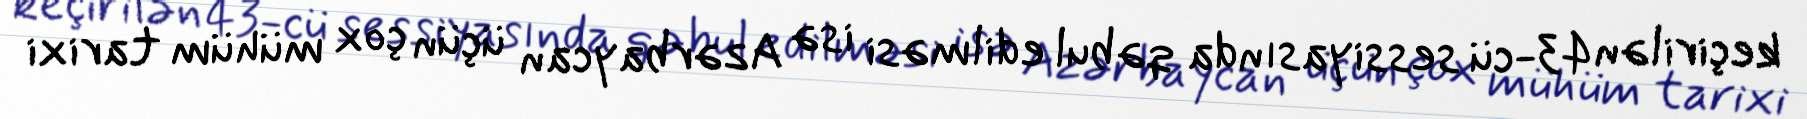
keçirilən 43-cü sessiyasında qəbul edilməsi isə Azərbaycan üçün çox mühüm tarixi